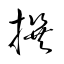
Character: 撰